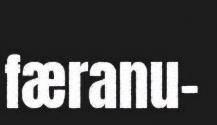
færanu-